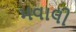
મવાલી